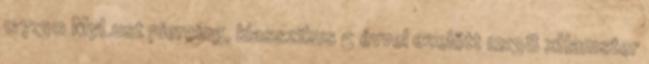
07:30 MyLust piercing, klasszikus 5 évvel ezelőtt 12:38 xHamster